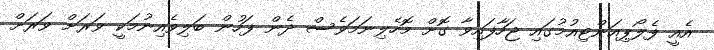
އެއީ ފެލޯޕިއަންޓިއުމުގައި ޖަހާފައިވާ ގޮށް މޮހެލިނަމަވެސް ދެން ފަހުން ބަލިވެއިނުމަކީ ވަރަށް ވަރަށް